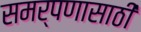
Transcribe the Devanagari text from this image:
समर्पणासाठी